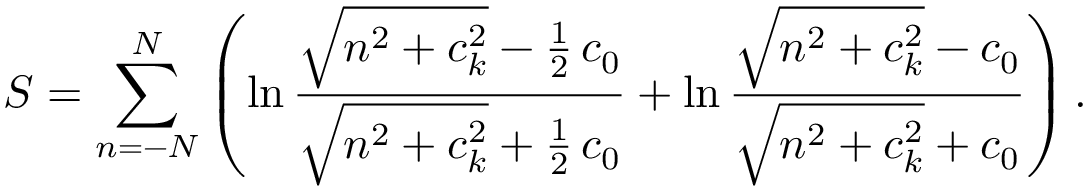
{ \cal S } = \sum _ { n = - N } ^ { N } \left( \ln \frac { \sqrt { n ^ { 2 } + c _ { k } ^ { 2 } } - \frac { 1 } { 2 } \, c _ { 0 } } { \sqrt { n ^ { 2 } + c _ { k } ^ { 2 } } + \frac { 1 } { 2 } \, c _ { 0 } } + \ln \frac { \sqrt { n ^ { 2 } + c _ { k } ^ { 2 } } - c _ { 0 } } { \sqrt { n ^ { 2 } + c _ { k } ^ { 2 } } + c _ { 0 } } \right) .